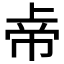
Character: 𱜦